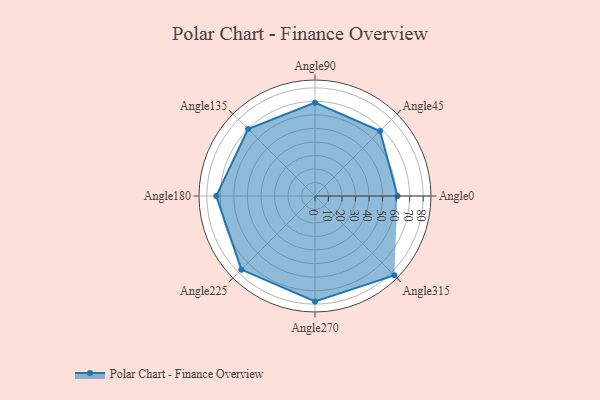
{"axis": {"x": "Angle", "y": "Radius"}, "legend": [""], "data": [{"x": "Angle0", "y": 61.0, "type": ""}, {"x": "Angle45", "y": 68.0, "type": ""}, {"x": "Angle90", "y": 69.0, "type": ""}, {"x": "Angle135", "y": 70.0, "type": ""}, {"x": "Angle180", "y": 73.0, "type": ""}, {"x": "Angle225", "y": 77.0, "type": ""}, {"x": "Angle270", "y": 78.0, "type": ""}, {"x": "Angle315", "y": 83.0, "type": ""}]}